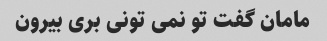
مامان گفت تو نمی تونی بری بیرون